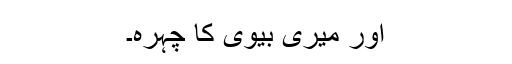
اور میری بیوی کا چہرہ۔